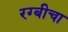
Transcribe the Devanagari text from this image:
रग्बीचा